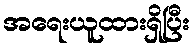
အရေးယူထားရှိပြီး